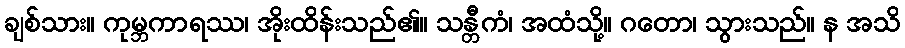
ချစ်သား။ ကုမ္ဘကာရဿ၊ အိုးထိန်းသည်၏။ သန္တီကံ၊ အထံသို့။ ဂတော၊ သွားသည်။ န အသိ